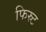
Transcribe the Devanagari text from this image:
फिस्र्ट